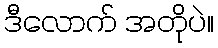
ဒီလောက် အတိုပဲ။